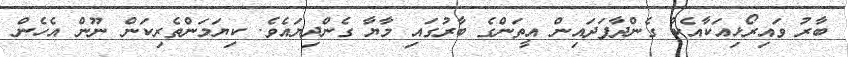
ބާރު ވައިރޯޅިއަކާއެކު ގެންދާފަދައިން އީތަންގެ ބާރުގައި މާޔާ ގެންދިޔައެވެ. ކިޔަމަންތެރިކަން ނޫން އެހެން